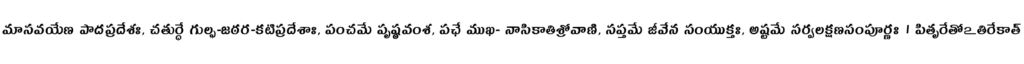
మాసవయేణ పాదప్రదేశః, చతుర్ధే గుల్ఫ-జఠర-కటిప్రదేశాః, పంచమే పృష్ఠవంశ, పఛే ముఖ- నాసికాతిశ్రోవాణి, సప్తమే జీవేన సంయుక్తః, అష్టమే సర్వలక్షణసంపూర్ణః । పితృరేతోఽతిరేకాత్